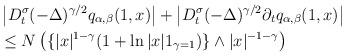
LaTeX: \begin{align*}&\left|D_t^\sigma(-\Delta)^{\gamma/2}q_{\alpha,\beta}(1,x)\right|+\left|D_t^\sigma(-\Delta)^{\gamma/2}\partial_t q_{\alpha,\beta}(1,x)\right| \\& \leq N\left(\{|x|^{1-\gamma}(1+\ln|x|1_{\gamma=1})\}\wedge|x|^{-1-\gamma}\right)\end{align*}